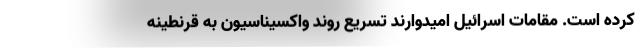
کرده است. مقامات اسرائیل امیدوارند تسریع روند واکسیناسیون به قرنطینه